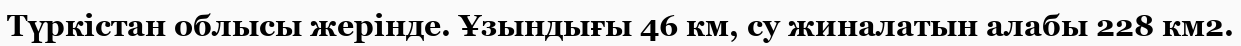
Түркістан облысы жерінде. Ұзындығы 46 км, су жиналатын алабы 228 км2.